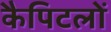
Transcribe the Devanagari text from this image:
कैपिटलों